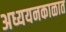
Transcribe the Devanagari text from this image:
अध्ययनकाळात